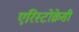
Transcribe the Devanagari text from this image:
एरिस्टोक्रेसी